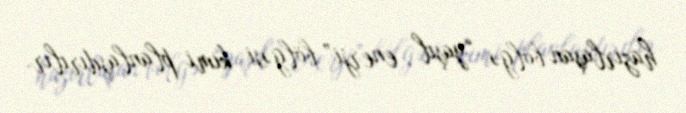
hazırlaşan bölgə “yaşıl enerji” bölgəsi kimi planlaşdırılır.